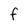
Character: f